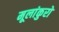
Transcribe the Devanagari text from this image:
मूलांकुरो